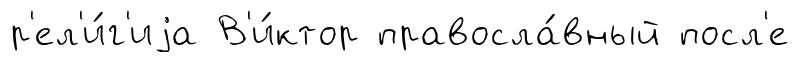
р'ел'и́г'иjа В'и́ктор правосла́вный посл'е